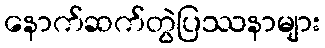
နောက်ဆက်တွဲပြဿနာများ